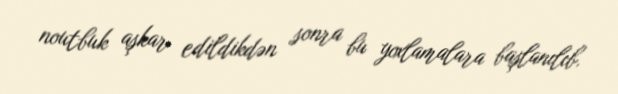
noutbuk aşkar edildikdən sonra bu yoxlamalara başlanılıb.